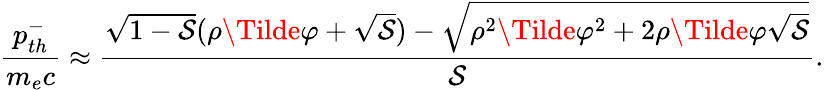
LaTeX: \frac{p_{th}^{-}}{m_{e}c}\approx\frac{\sqrt{1-\mathcal{S}}(\rho\Tilde{\varphi}+\sqrt{\mathcal{S}})-\sqrt{\rho^{2}\Tilde{\varphi}^{2}+2\rho\Tilde{\varphi}\sqrt{\mathcal{S}}}}{\mathcal{S}}.